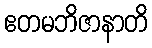
ဧတမဘိဇာနာတိ